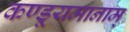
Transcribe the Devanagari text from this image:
कण्डूयमानाम्